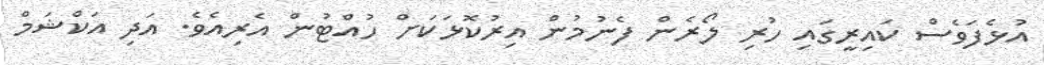
އުޅެފަވެސް ކައިރީގައި ހުރި ލޯރެން ފެނުމުން އިރުކޮޅަކަށް ހުއްޓުން އެރިއެެވެ. އަދި އަކްޝަމް